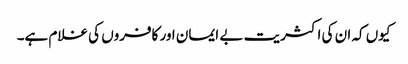
کیوں کہ ان کی اکثریت بے ایمان اور کافروں کی غلام ہے۔